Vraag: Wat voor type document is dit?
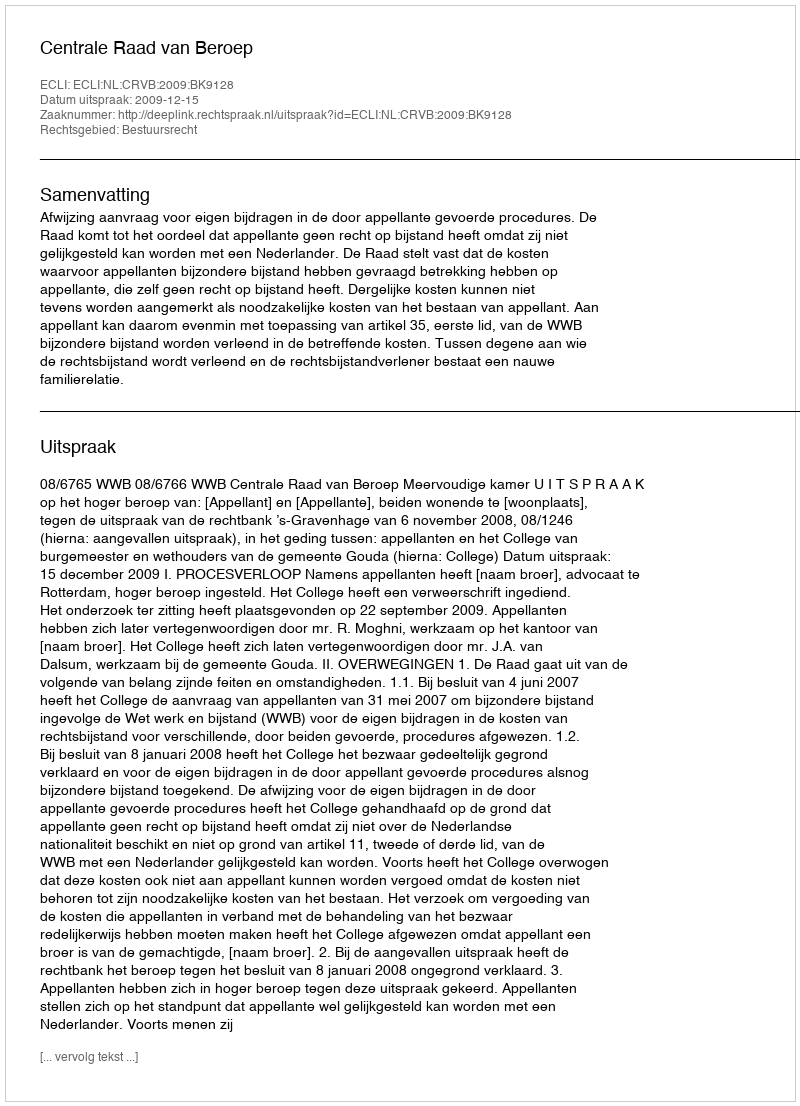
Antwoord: Uitspraak